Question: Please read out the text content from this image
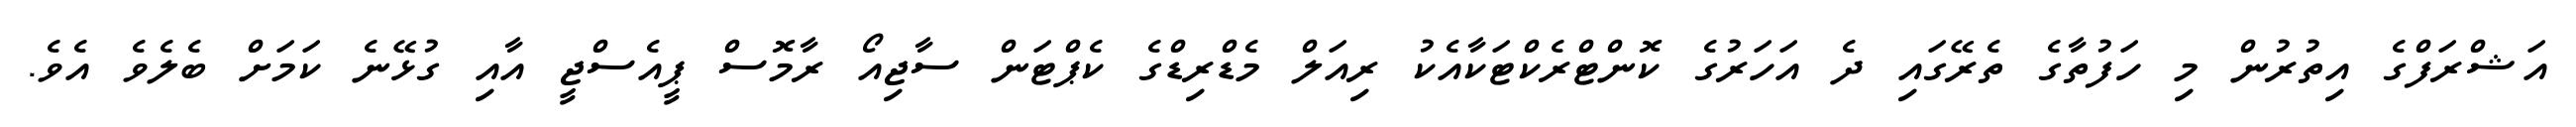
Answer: އަޝްރަފްގެ އިތުރުން މި ހަފުތާގެ ތެރޭގައި ދެ އަހަރުގެ ކޮންޓްރެކްޓަކާއެކު ރިއަލް މެޑްރިޑްގެ ކެޕްޓަން ސާޖިއޯ ރާމޮސް ޕީއެސްޖީ އާއި ގުޅޭނެ ކަމަށް ބެލެވެ އެވެ.